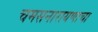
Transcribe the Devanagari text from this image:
चमसनारायणाचा